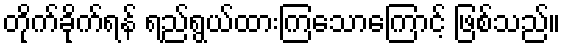
တိုက်ခိုက်ရန် ရည်ရွယ်ထားကြသောကြောင့် ဖြစ်သည်။